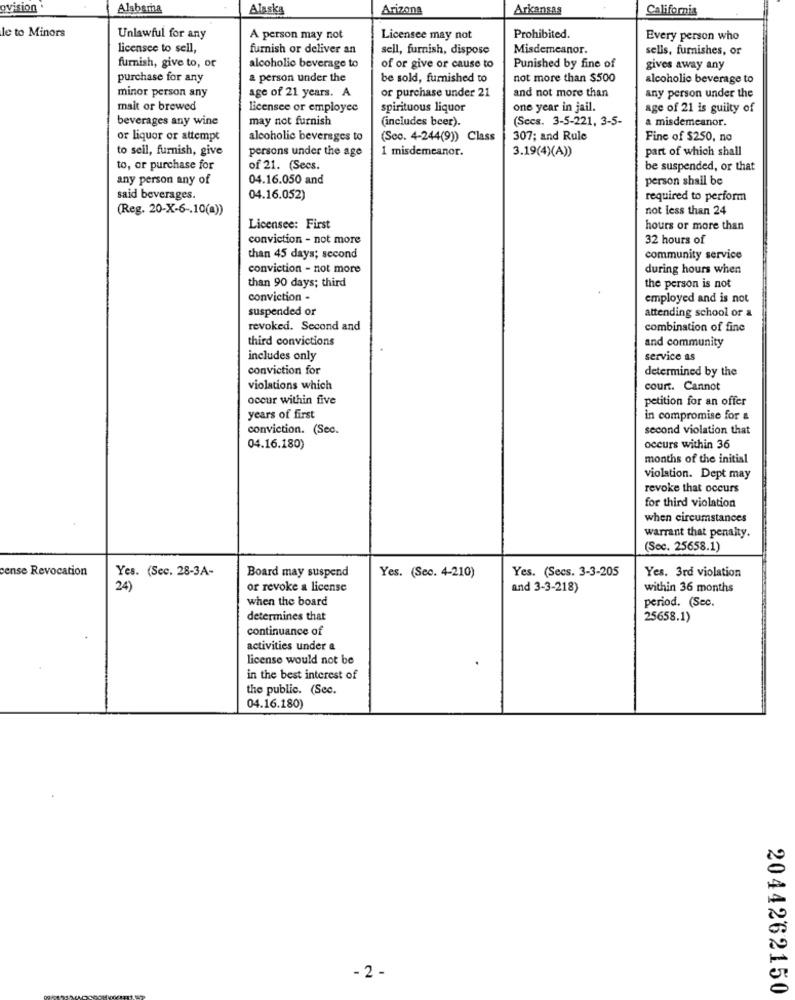
ovision .
Alabama
Alaska
Arizona
Arkansas
California
le to Minors
Unlawful for any
A person may not
Licensee may not
Prohibited.
Every person who
licensee to sell,
furnish or deliver an
sell, furnish, dispose
Misdemeanor.
sells, furnishes, or
furnish, give to, or
alcoholic beverage to
of or give or cause to
Punished by fine of
gives away any
purchase for any
a person under the
be sold, furnished to
not more than $500
alcoholic beverage to
minor person any
and not more than
age of 21 years. A
or purchase under 21
any person under the
mait or brewed
licensee or employee
spirituous liquor
one year in jail.
age of 21 is guilty of
beverages any wine
may not furnish
(includes beer).
(Secs. 3-5-221, 3-5-
a misdemeanor.
or liquor or attempt
alcoholic beverages to
(Sco. 4-244(9)) Class
307; and Rule
Fine of $250, no
to sell, furnish, give
persons under the age
1 misdemeanor.
3.19(4)(A))
part of which shall
to, or purchase for
of 21. (Secs.
be suspended, or that
any person any of
04.16.050 and
person shall be
said beverages.
04.16.052)
required to perform
(Reg. 20-X-6 -. 10(a))
not less than 24
Licensee: First
hours or more than
conviction - not more
32 hours of
than 45 days; second
community service
conviction - not more
during hours when
than 90 days; third
the person is not
conviction -
employed and is not
suspended or
attending school or &
revoked. Second and
combination of fine
third convictions
and community
includes only
service as
conviction for
determined by the
violations which
court. Cannot
occur within five
petition for an offer
years of first
in compromise for &
conviction. (Sec.
second violation that
04.16.180)
occurs within 36
months of the initial
violation. Dept may
revoke that occurs
for third violation
when circumstances
warrant that penalty.
(Sec. 25658.1)
cense Revocation
Yes. (Sec. 28-3A-
Yes. (Secs. 3-3-205
Board may suspend
Yes. (Sec. 4-210)
Yes. 3rd violation
24)
or revoke a license
and 3-3-218)
within 36 months
when the board
period. (Sec.
determines that
25658.1)
continuance of
activities under a
license would not be
in the best interest of
the public. (Sec.
04.16.180)
- 2 -
2044262150